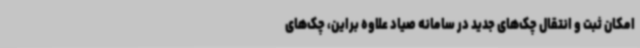
امکان ثبت و انتقال چک‌های جدید در سامانه صیاد علاوه براین، چک‌های